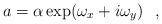
\begin{align*} a =\alpha \exp (\omega_{x}+i\omega_{y})~~,\end{align*}